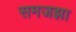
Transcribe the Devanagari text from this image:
समजझा